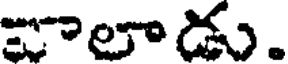
లాడు.